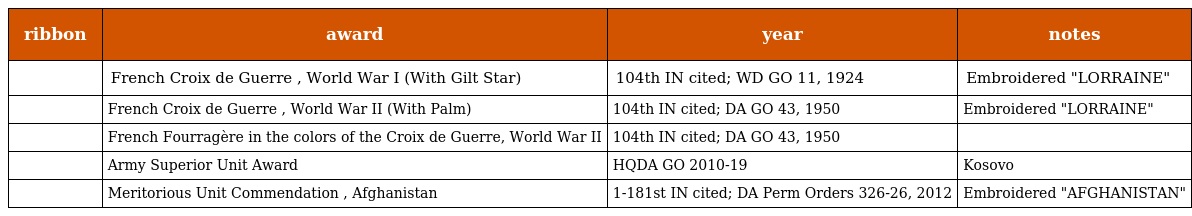
| ribbon | award | year | notes |
 | --- | --- | --- | --- |
 |  | French Croix de Guerre , World War I (With Gilt Star) | 104th IN cited; WD GO 11, 1924 | Embroidered "LORRAINE" |
 |  | French Croix de Guerre , World War II (With Palm) | 104th IN cited; DA GO 43, 1950 | Embroidered "LORRAINE" |
 |  | French Fourragère in the colors of the Croix de Guerre, World War II | 104th IN cited; DA GO 43, 1950 |  |
 |  | Army Superior Unit Award | HQDA GO 2010-19 | Kosovo |
 |  | Meritorious Unit Commendation , Afghanistan | 1-181st IN cited; DA Perm Orders 326-26, 2012 | Embroidered "AFGHANISTAN" |